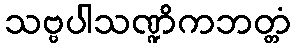
သဗ္ဗပါသဏ္ဍိကဘတ္တံ